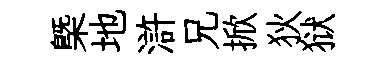
槩地滸兄掀狄狱